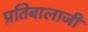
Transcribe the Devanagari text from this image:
प्रतिबालाजी